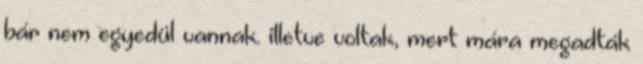
bár nem egyedül vannak. illetve voltak, mert mára megadták